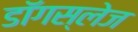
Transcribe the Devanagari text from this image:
डॉगस्लेज